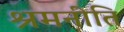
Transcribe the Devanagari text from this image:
श्रमनीति